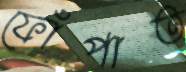
ফোঁপাত